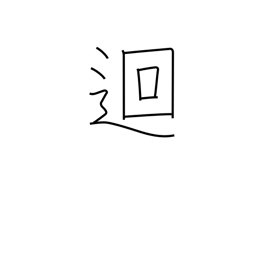
Meaning: go around